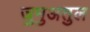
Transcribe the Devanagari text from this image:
जुमुअतुल